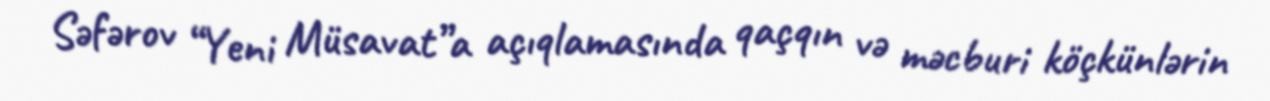
Səfərov “Yeni Müsavat”a açıqlamasında qaçqın və məcburi köçkünlərin